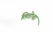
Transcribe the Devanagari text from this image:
तितोचा